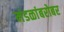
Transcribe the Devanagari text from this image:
मंडळांबरोबर